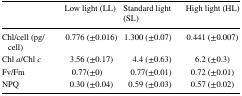
|  | Low light (LL) | Standard light (SL) | High light (HL) |
 | --- | --- | --- | --- |
 | Chl/cell (pg/cell) | 0.776 (±0.016) | 1.300 (±0.07) | 0.441 (±0.007) |
 | Chl a/Chl c | 3.56 (±0.17) | 4.4 (±0.63) | 6.2 (±0.3) |
 | Fv/Fm | 0.77(±0) | 0.77(±0.01) | 0.72 (±0.01) |
 | NPQ | 0.30 (±0.04) | 0.59 (±0.03) | 0.57 (±0.02) |